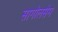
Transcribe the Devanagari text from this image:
सागोलसेम